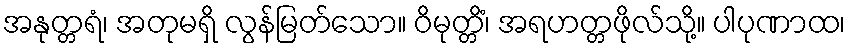
အနုတ္တရံ၊ အတုမရှိ လွန်မြတ်သော။ ဝိမုတ္တိံ၊ အရဟတ္တဖိုလ်သို့။ ပါပုဏာထ၊